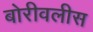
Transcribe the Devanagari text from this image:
बोरीवलीस